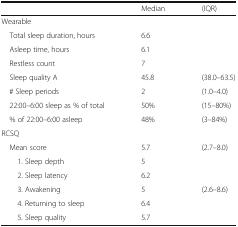
<table><thead><tr><td>[EMPTY_CELL]</td><td><b>Median</b></td><td><b>(IQR)</b></td></tr></thead><tbody><tr><td colspan="3">Wearable</td></tr><tr><td> Total sleep duration, hours</td><td>6.6</td><td>[EMPTY_CELL]</td></tr><tr><td> Asleep time, hours</td><td>6.1</td><td>[EMPTY_CELL]</td></tr><tr><td> Restless count</td><td>7</td><td>[EMPTY_CELL]</td></tr><tr><td> Sleep quality A</td><td>45.8</td><td>(38.0–63.5)</td></tr><tr><td> # Sleep periods</td><td>2</td><td>(1.0–4.0)</td></tr><tr><td> 22:00–6:00 sleep as % of total</td><td>50%</td><td>(15–80%)</td></tr><tr><td> % of 22:00–6:00 asleep</td><td>48%</td><td>(3–84%)</td></tr><tr><td colspan="3">RCSQ</td></tr><tr><td> Mean score</td><td>5.7</td><td>(2.7–8.0)</td></tr><tr><td>1. Sleep depth</td><td>5</td><td>[EMPTY_CELL]</td></tr><tr><td>2. Sleep latency</td><td>6.2</td><td>[EMPTY_CELL]</td></tr><tr><td>3. Awakening</td><td>5</td><td>(2.6–8.6)</td></tr><tr><td>4. Returning to sleep</td><td>6.4</td><td>[EMPTY_CELL]</td></tr><tr><td>5. Sleep quality</td><td>5.7</td><td>[EMPTY_CELL]</td></tr></tbody></table>